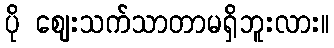
ပို ဈေးသက်သာတာမရှိဘူးလား။